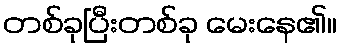
တစ်ခုပြီးတစ်ခု မေးနေ၏။